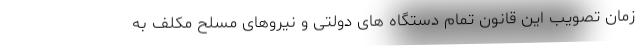
زمان تصویب این قانون تمام دستگاه های دولتی و نیروهای مسلح مکلف به